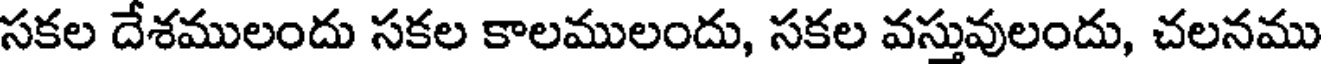
సకల దేశములందు సకల కాలములందు, సకల వస్తువులందు, చలనము